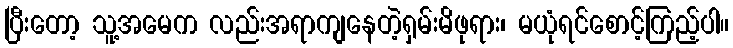
ပြီးတော့ သူ့အမေက လည်းအရာကျနေတဲ့ရှမ်းမိဖုရား၊ မယုံရင်စောင့်ကြည့်ပါ။